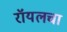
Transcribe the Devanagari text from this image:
रॉयलचा